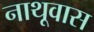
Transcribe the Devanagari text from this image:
नाथूवास